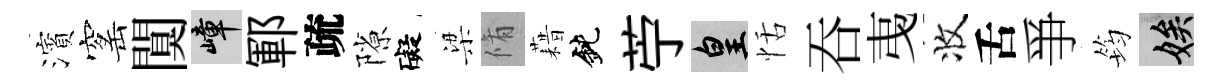
濱窰闃嶂鄆疏隙礙梁脩藉鈍苧皇恬吞𢎯收舌爭筠娭